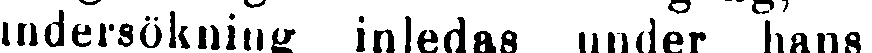
undersökning inledas under hans